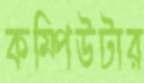
কম্পিউটার